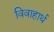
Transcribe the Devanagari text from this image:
विवाहार्थ